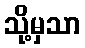
သို့မှသာ